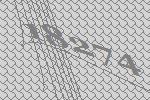
18274